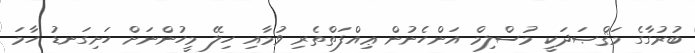
ބުރުގާގެ މަޤްޞަދަކީ މުސްލިމް އަންހެނުން ޢިއްފަތްތެރި ވުމާއި ހިލޭ މީހުންނަށް ހަށިގަނޑު ހާމަ